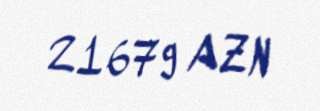
21679 AZN